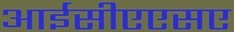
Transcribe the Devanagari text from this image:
आईसीएएसए